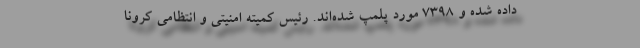
داده شده و ۷۳۹۸ مورد پلمپ شده‌اند. رئیس کمیته امنیتی و انتظامی کرونا